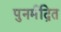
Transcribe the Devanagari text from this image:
पुनर्मद्रित